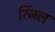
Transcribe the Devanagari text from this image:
रिंजल